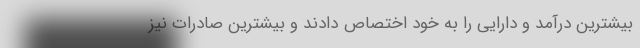
بیشترین درآمد و دارایی را به خود اختصاص دادند و بیشترین صادرات نیز